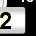
Digit: 2